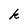
Character: k